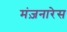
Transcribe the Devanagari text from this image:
मंज़नारेस